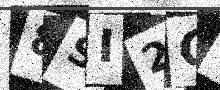
Text: 8SI2GL